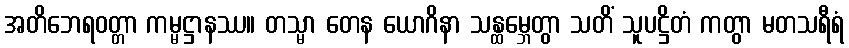
အတိဘေရဝတ္တာ ကမ္မဋ္ဌာနဿ။ တသ္မာ တေန ယောဂိနာ သန္ထမ္ဘေတွာ သတိံ သူပဋ္ဌိတံ ကတွာ မတသရီရံ